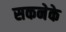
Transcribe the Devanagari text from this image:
सकनेके